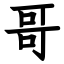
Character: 哥